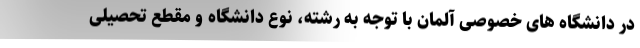
در دانشگاه های خصوصی آلمان با توجه به رشته، نوع دانشگاه و مقطع تحصیلی